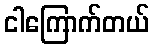
ငါကြောက်တယ်